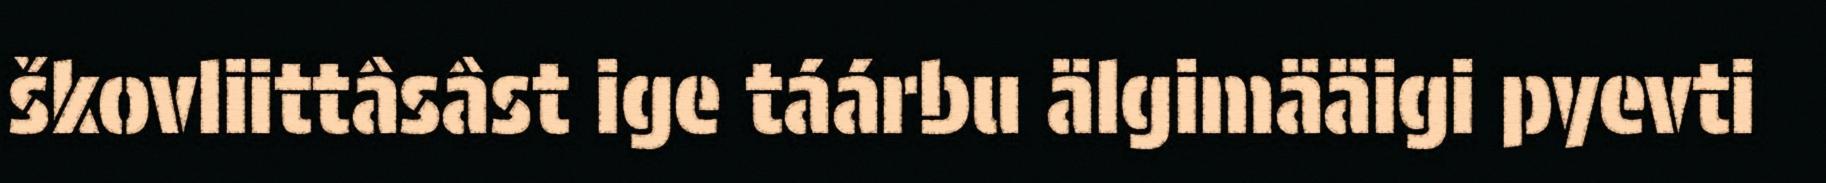
škovliittâsâst ige táárbu älgimääigi pyevti